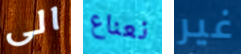
الى نعناع غير